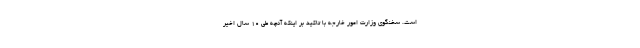
است. سخنگوی وزارت امور خارجه با تاکید بر اینکه آنچه طی ۱۰ سال اخیر